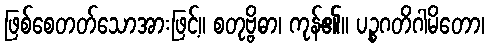
ဖြစ်စေတတ်သောအားဖြင့်။ စတုဗ္ဗိဓာ၊ ကုန်၏။ ပဉ္စဂတိဂါမိတော၊